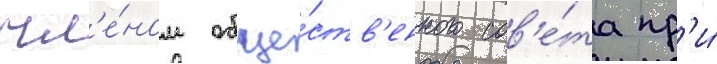
чл'е́ном обще́ств'енного сов'е́та пр'и́